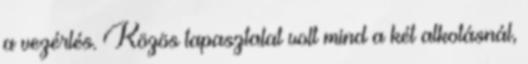
a vezérlés. Közös tapasztalat volt mind a két alkotásnál,